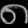
Digit: ၈